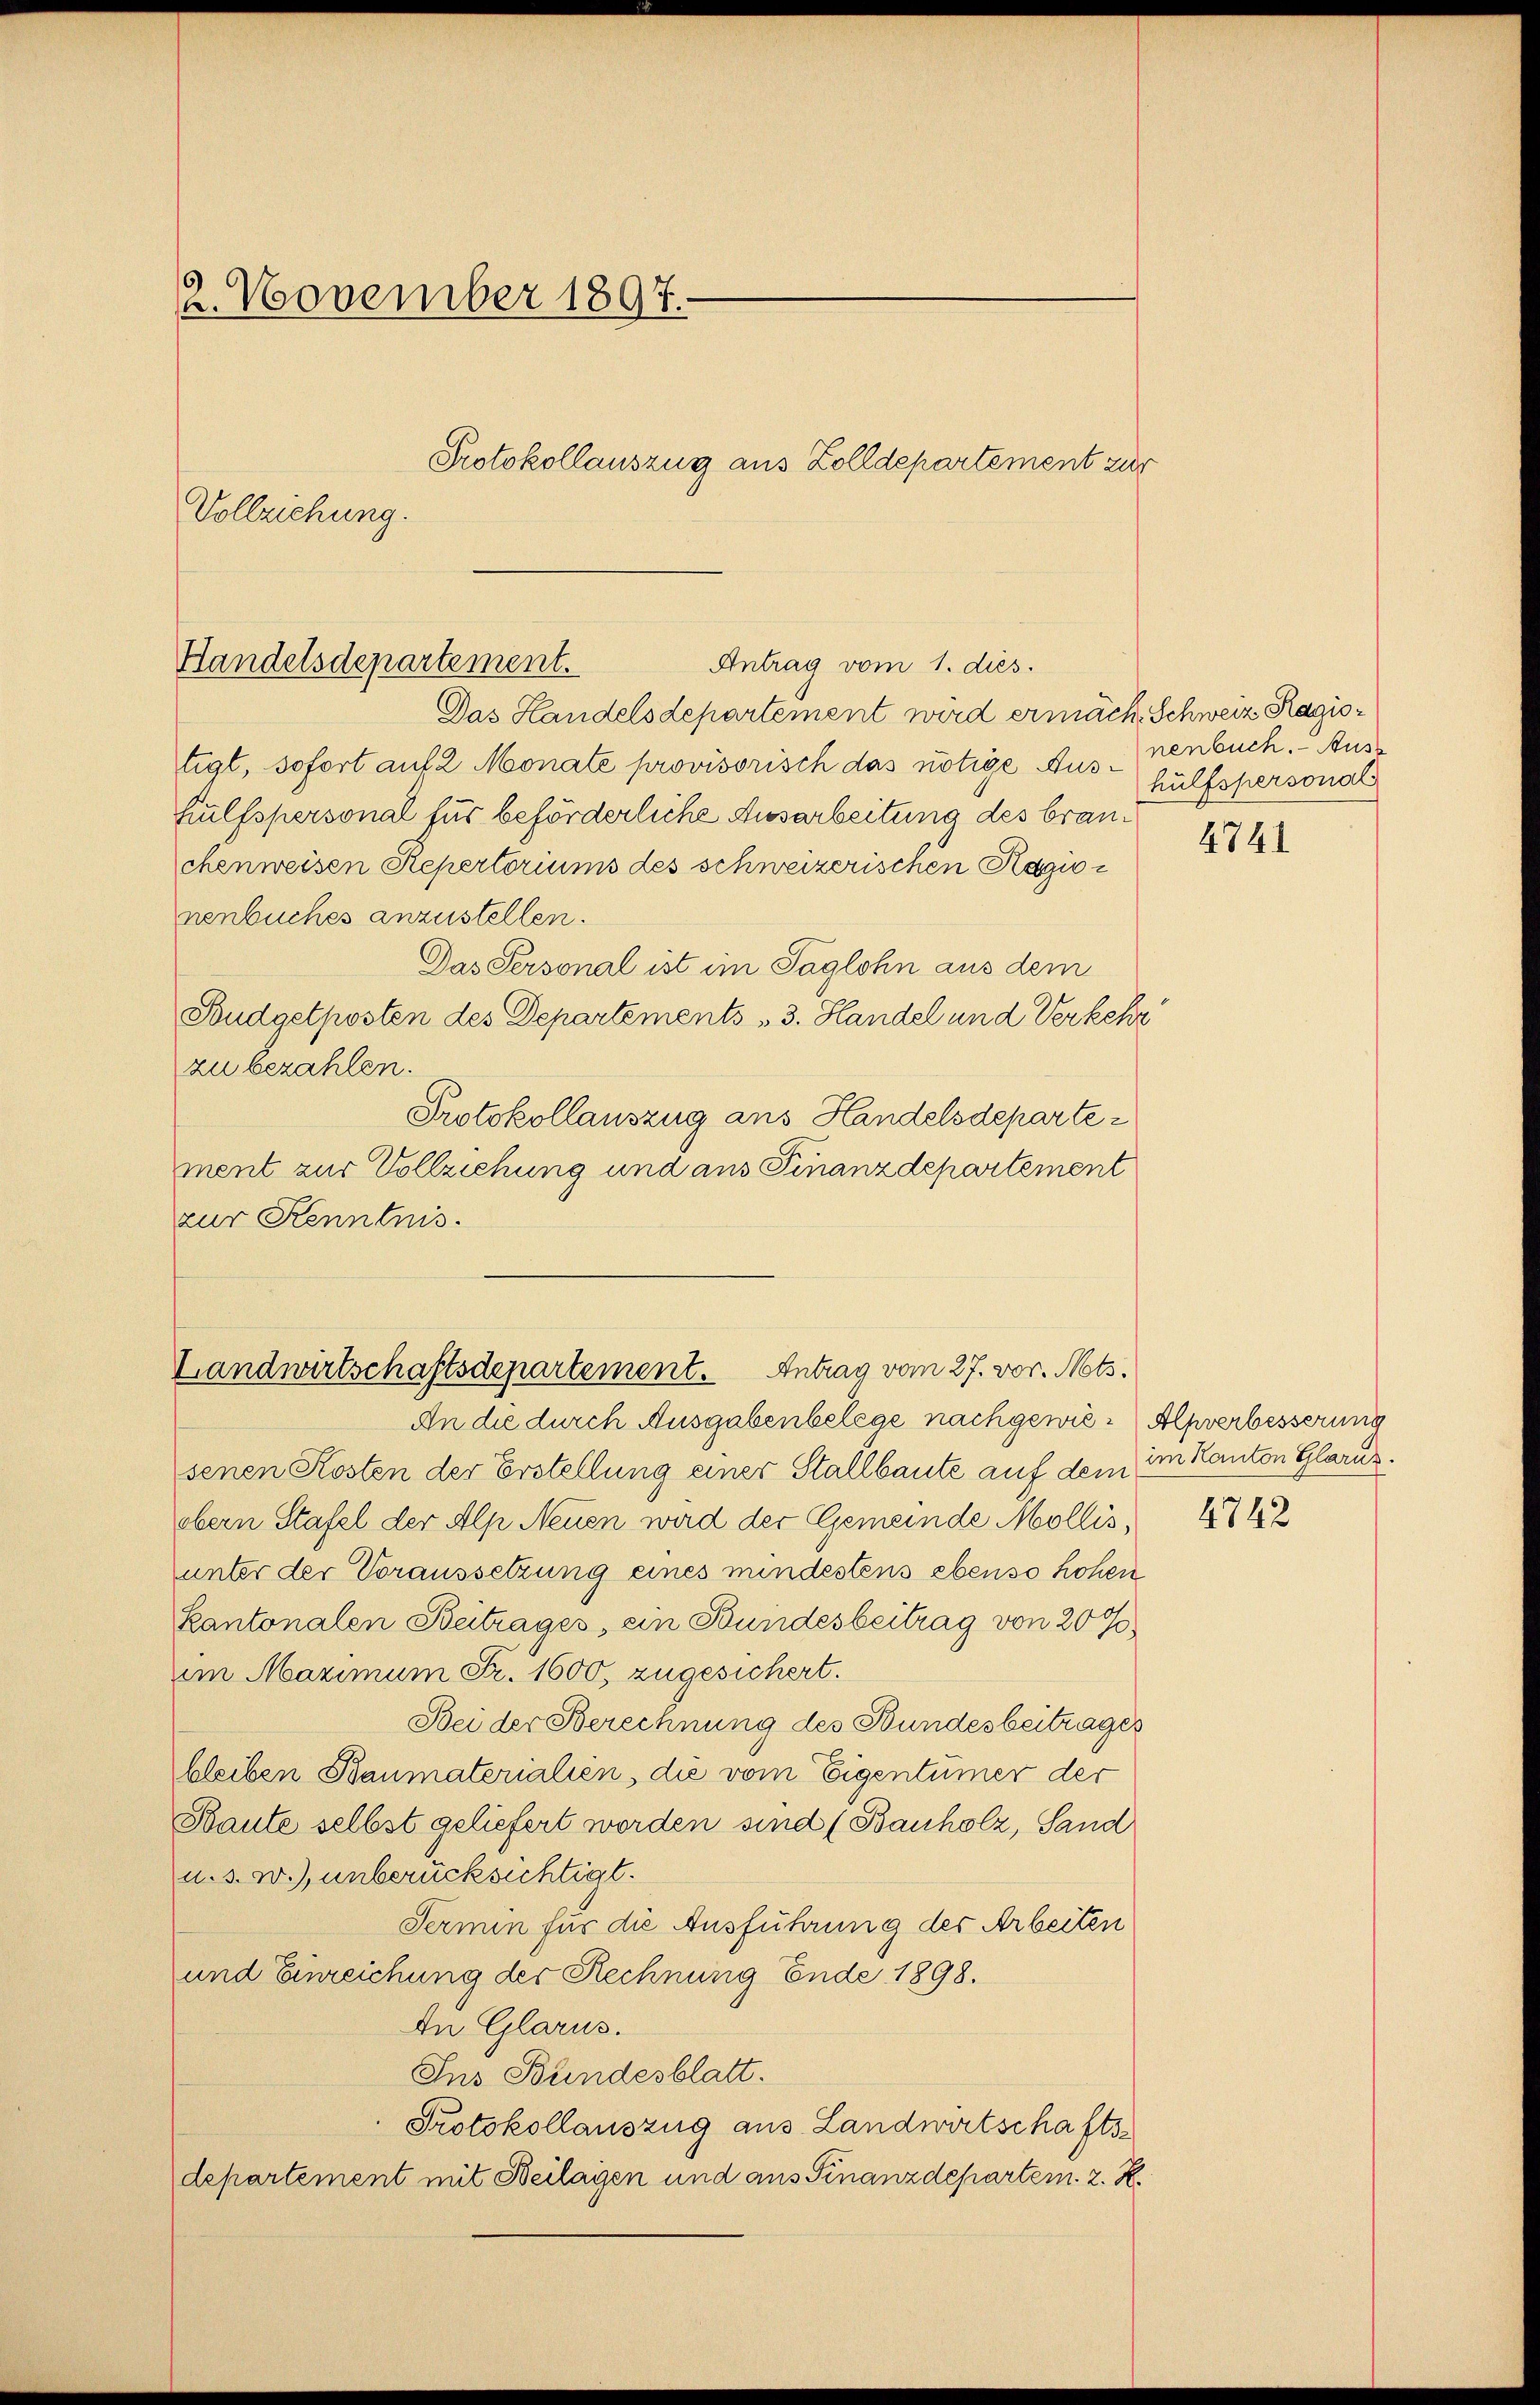
12. November 1897.
Protokollauszug aus Zolldepartement zur
Vollziehung.

Antrag vom 1. dies.
Handelsdepartement.

Landwirtschaftsdepartement. Antrag vom 27. vor. Mts.

senen Kosten der Erstellung einer Stallbaute auf dem im Kanton Glarus.
obern Stafel der Alp Neuen wird der Gemeinde Mollis,
unter der Voraussetzung eines mindestens ebenso hohen
Kantonalen Beitrages, ein Bundesbeitrag von 20 %
im Maximum Fr. 1600, zugesichert.
Bei der Berechnung des Bundesbeitrages
bleiben Baumaterialien, die vom Eigentümer der
Baute selbst geliefert worden sind (Bauholz, Sand
u.s. w.), unberücksichtigt.
Termin für die Ausführung des Arbeiten
und Einreichung der Rechnung Ende 1898.
In Glarus.
Ins Bundesblatt.
Protokollauszug aus Landwirtschaftsdepartement mit Heilagen und aus Finanzdepartem. 2. R.

An die durch Ausgabenbelege nachgewie-Alpverbesserung

Das Handelsdepartement wird ermäch. Schweiz Ragistigt, sofort auf 2 Monate provisorisch das nötige Aus-nenbuch. Bur¬
Hülfspersonal für beförderliche Ausarbeitung des branchenweisen Repertoriums des schweizerischen Ragio
nenbuches anzustellen.
Das Personal ist im Taglohn aus dem
Budgetposten des Departements 3. Handel und Verkehr
zu bezahlen.
Protokollauszug aus Handelsdeparte
ment zur Vollziehung und aus Finanzdepartement
zur Kenntnis.

hülfspersonals

4741

4742